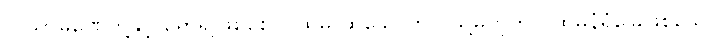
လူသာမဏေတို့နှင့် ရော၍ဖြစ်စေ၊ ပထမ ထူသောတိုင် သို့မဟုတ် ပထမနံရံခြေဖြစ်သော